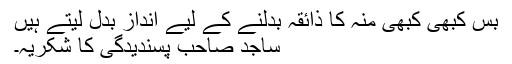
بس کبھی کبھی منہ کا ذائقہ بدلنے کے لیے انداز بدل لیتے ہیں
ساجد صاحب پسندیدگی کا شکریہ۔